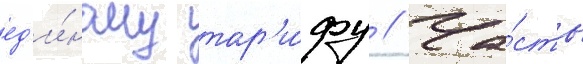
ед'и́ному тар'и́фу // Ча́сть